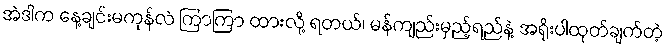
အဲဒါက နေ့ချင်းမကုန်လဲ ကြာကြာ ထားလို့ ရတယ်၊ မန်ကျည်းမှည့်ရည်နဲ့ အရိုးပါထုတ်ချက်တဲ့